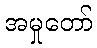
အမှုတော်